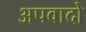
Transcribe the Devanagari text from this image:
अपवादो